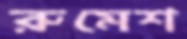
রুমেশ